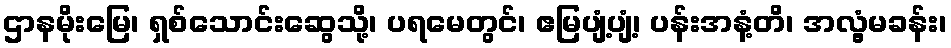
ဌာနမိုးမြေ၊ ရှစ်သောင်းဆွေသို့၊ ပရမေတွင်၊ ဧမြပျံ့ပျံ့၊ ပန်းအနံ့တိ၊ အလွံ့မခန်း၊